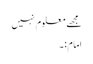
مجھے معلوم نہیں
امام:۔